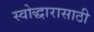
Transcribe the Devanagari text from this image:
स्वोद्धारासाठी